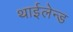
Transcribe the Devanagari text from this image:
थाईलेन्ड